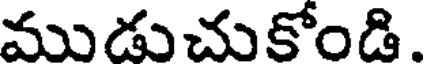
ముడుచుకోండి.